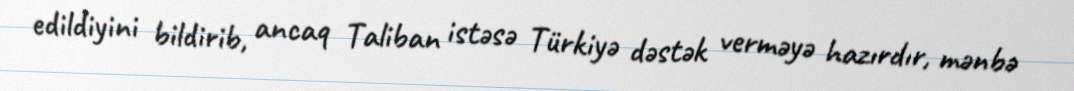
edildiyini bildirib, ancaq Taliban istəsə Türkiyə dəstək verməyə hazırdır, mənbə